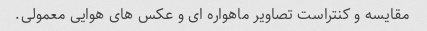
مقایسه و کنتراست تصاویر ماهواره ای و عکس های هوایی معمولی.